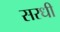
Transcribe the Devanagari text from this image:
सरधी